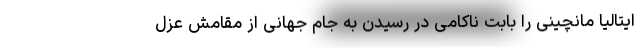
ایتالیا مانچینی را بابت ناکامی در رسیدن به جام جهانی از مقامش عزل